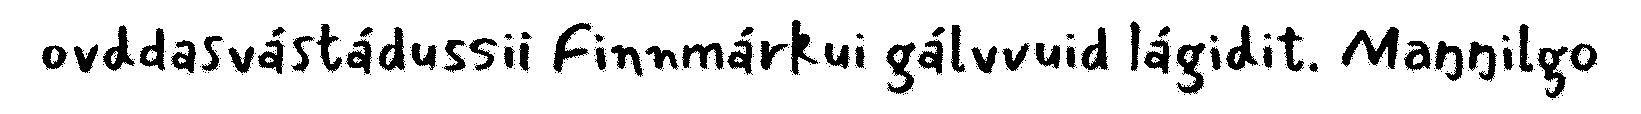
ovddasvástádussii Finnmárkui gálvvuid lágidit. Maŋŋilgo